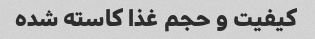
کیفیت و حجم غذا کاسته شده